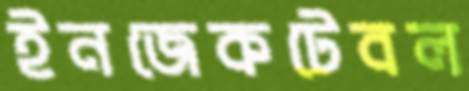
ইনজেকটেবল